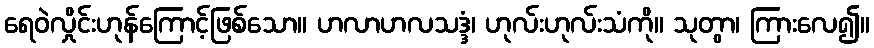
ရေဝဲလှိုင်းဟုန်ကြောင့်ဖြစ်သော။ ဟလာဟလသဒ္ဒံ၊ ဟုလ်းဟုလ်းသံကို။ သုတွာ၊ ကြားလေ၍။